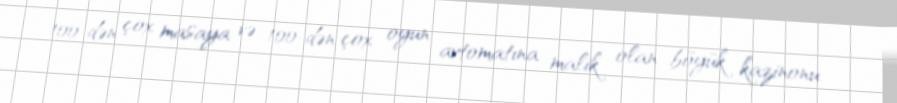
100-dən çox masaya və 100-dən çox oyun avtomatına malik olan böyük kazinonu